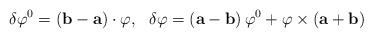
LaTeX: \begin{align*}\delta \varphi ^0=\left( {\bf b-a}\right) \cdot {\mathbf \varphi,\;\;\;}\delta{\mathbf \varphi }=\left( {\bf a-b}\right) \varphi ^0+{\mathbf \varphi}\times\left( {\bf a+b}\right) \end{align*}